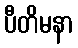
ပီတိမနာ